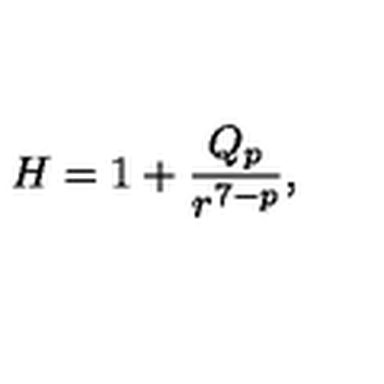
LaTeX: H = 1 + \frac { Q _ { p } } { r ^ { 7 - p } } ,